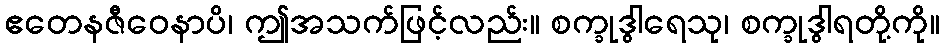
ဧတေနဇီဝေနာပိ၊ ဤအသက်ဖြင့်လည်း။ စက္ခုဒွါရေသု၊ စက္ခုဒွါရတို့ကို။